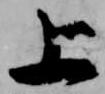
上